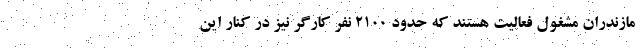
مازندران مشغول فعالیت هستند که حدود ۲۱۰۰ نفر کارگر نیز در کنار این